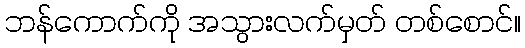
ဘန်ကောက်ကို အသွားလက်မှတ် တစ်စောင်။